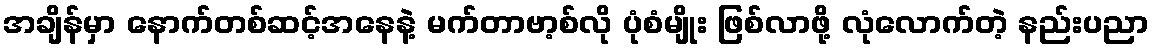
အချိန်မှာ နောက်တစ်ဆင့်အနေနဲ့ မက်တာဗာ့စ်လို ပုံစံမျိုး ဖြစ်လာဖို့ လုံလောက်တဲ့ နည်းပညာ